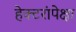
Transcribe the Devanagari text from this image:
हेक्टरांपेक्षा